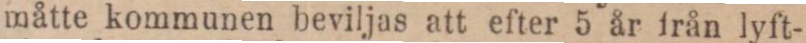
måtte kommunen beviljas att efter 5 år från lyft-